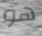
هو